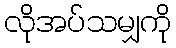
လိုအပ်သမျှကို